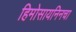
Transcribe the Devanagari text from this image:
हिमोसायनिनचा